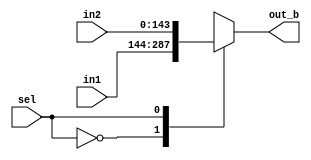
module mux2_1 #(parameter data_width=8,parameter data_size=18)(in1,in2,sel,out_b);
input [data_size*data_width-1:0]        in1,in2;
input                   sel;
output reg [data_size*data_width-1:0]   out_b;

always@(*)
	begin
	  case(sel)
	    1'b0:out_b=in1;
		 1'b1:out_b=in2;
	  endcase
	end
endmodule